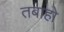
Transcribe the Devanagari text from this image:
तबाहो